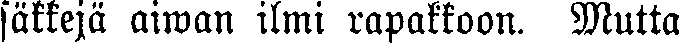
säkkejä aiwan ilmi rapakkoon. Mutta